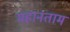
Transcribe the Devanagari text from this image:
महानताम